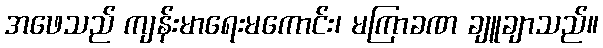
အဖေသည် ကျန်းမာရေးမကောင်း၊ မကြာခဏ ချူချာသည်။